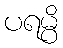
ပရမ္ပိ